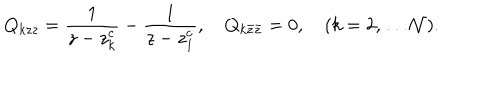
Q _ { k z z } = \frac { 1 } { z - z _ { k } ^ { c } } - \frac { 1 } { z - z _ { 1 } ^ { c } } , ~ Q _ { k \bar { z } \bar { z } } = 0 , ~ ( k = 2 , \dots { \cal N } ) .